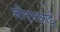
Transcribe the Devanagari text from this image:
जीएसआई